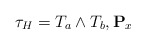
\begin{align*}\tau_H=T_a\wedge T_b,\mathbf{P}_x\end{align*}